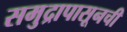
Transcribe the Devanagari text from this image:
समुद्रापासूनची